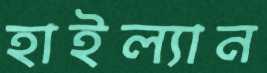
হাইল্যান